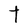
Character: t